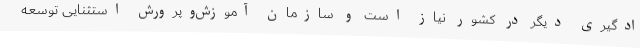
ادگیری دیگر در کشور نیاز است و سازمان آموزش‌وپرورش استثنایی توسعه